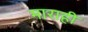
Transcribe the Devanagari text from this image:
माराही